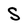
Character: S